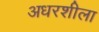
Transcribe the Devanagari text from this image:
अधरशीला